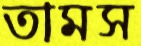
তামস